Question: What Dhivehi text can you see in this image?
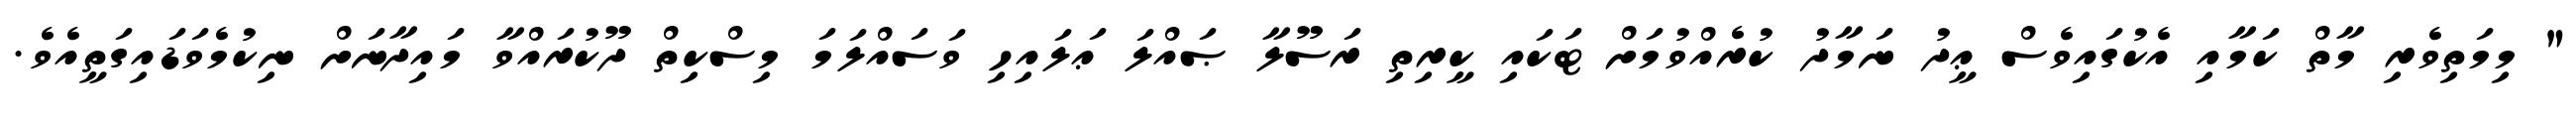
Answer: " މިމަތިވެރި މާތް ކަމާއި އެކުގައިވެސް ޢީދު ނަމާދު ކުރެއްވުމަށް ޓަކައި ކީރިތި ރަސޫލާ ޞައްލަ ޢަލައިހި ވަސައްލަމަ މިސްކިތް ދޫކުރައްވާ މައިދާނަށް ނިކުމެވަޑައިގަތީއެވެ.